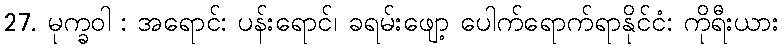
27. မုက္ခဝါ : အရောင်: ပန်းရောင်၊ ခရမ်းဖျော့ ပေါက်ရောက်ရာနိုင်ငံ: ကိုရီးယား